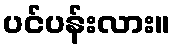
ပင်ပန်းလား။